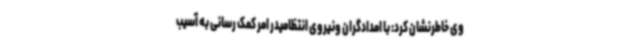
وی خاطرنشان کرد: با امدادگران ونیروی انتظامیدر امر کمک رسانی به آسیب